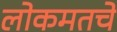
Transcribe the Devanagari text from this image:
लोकमतचे